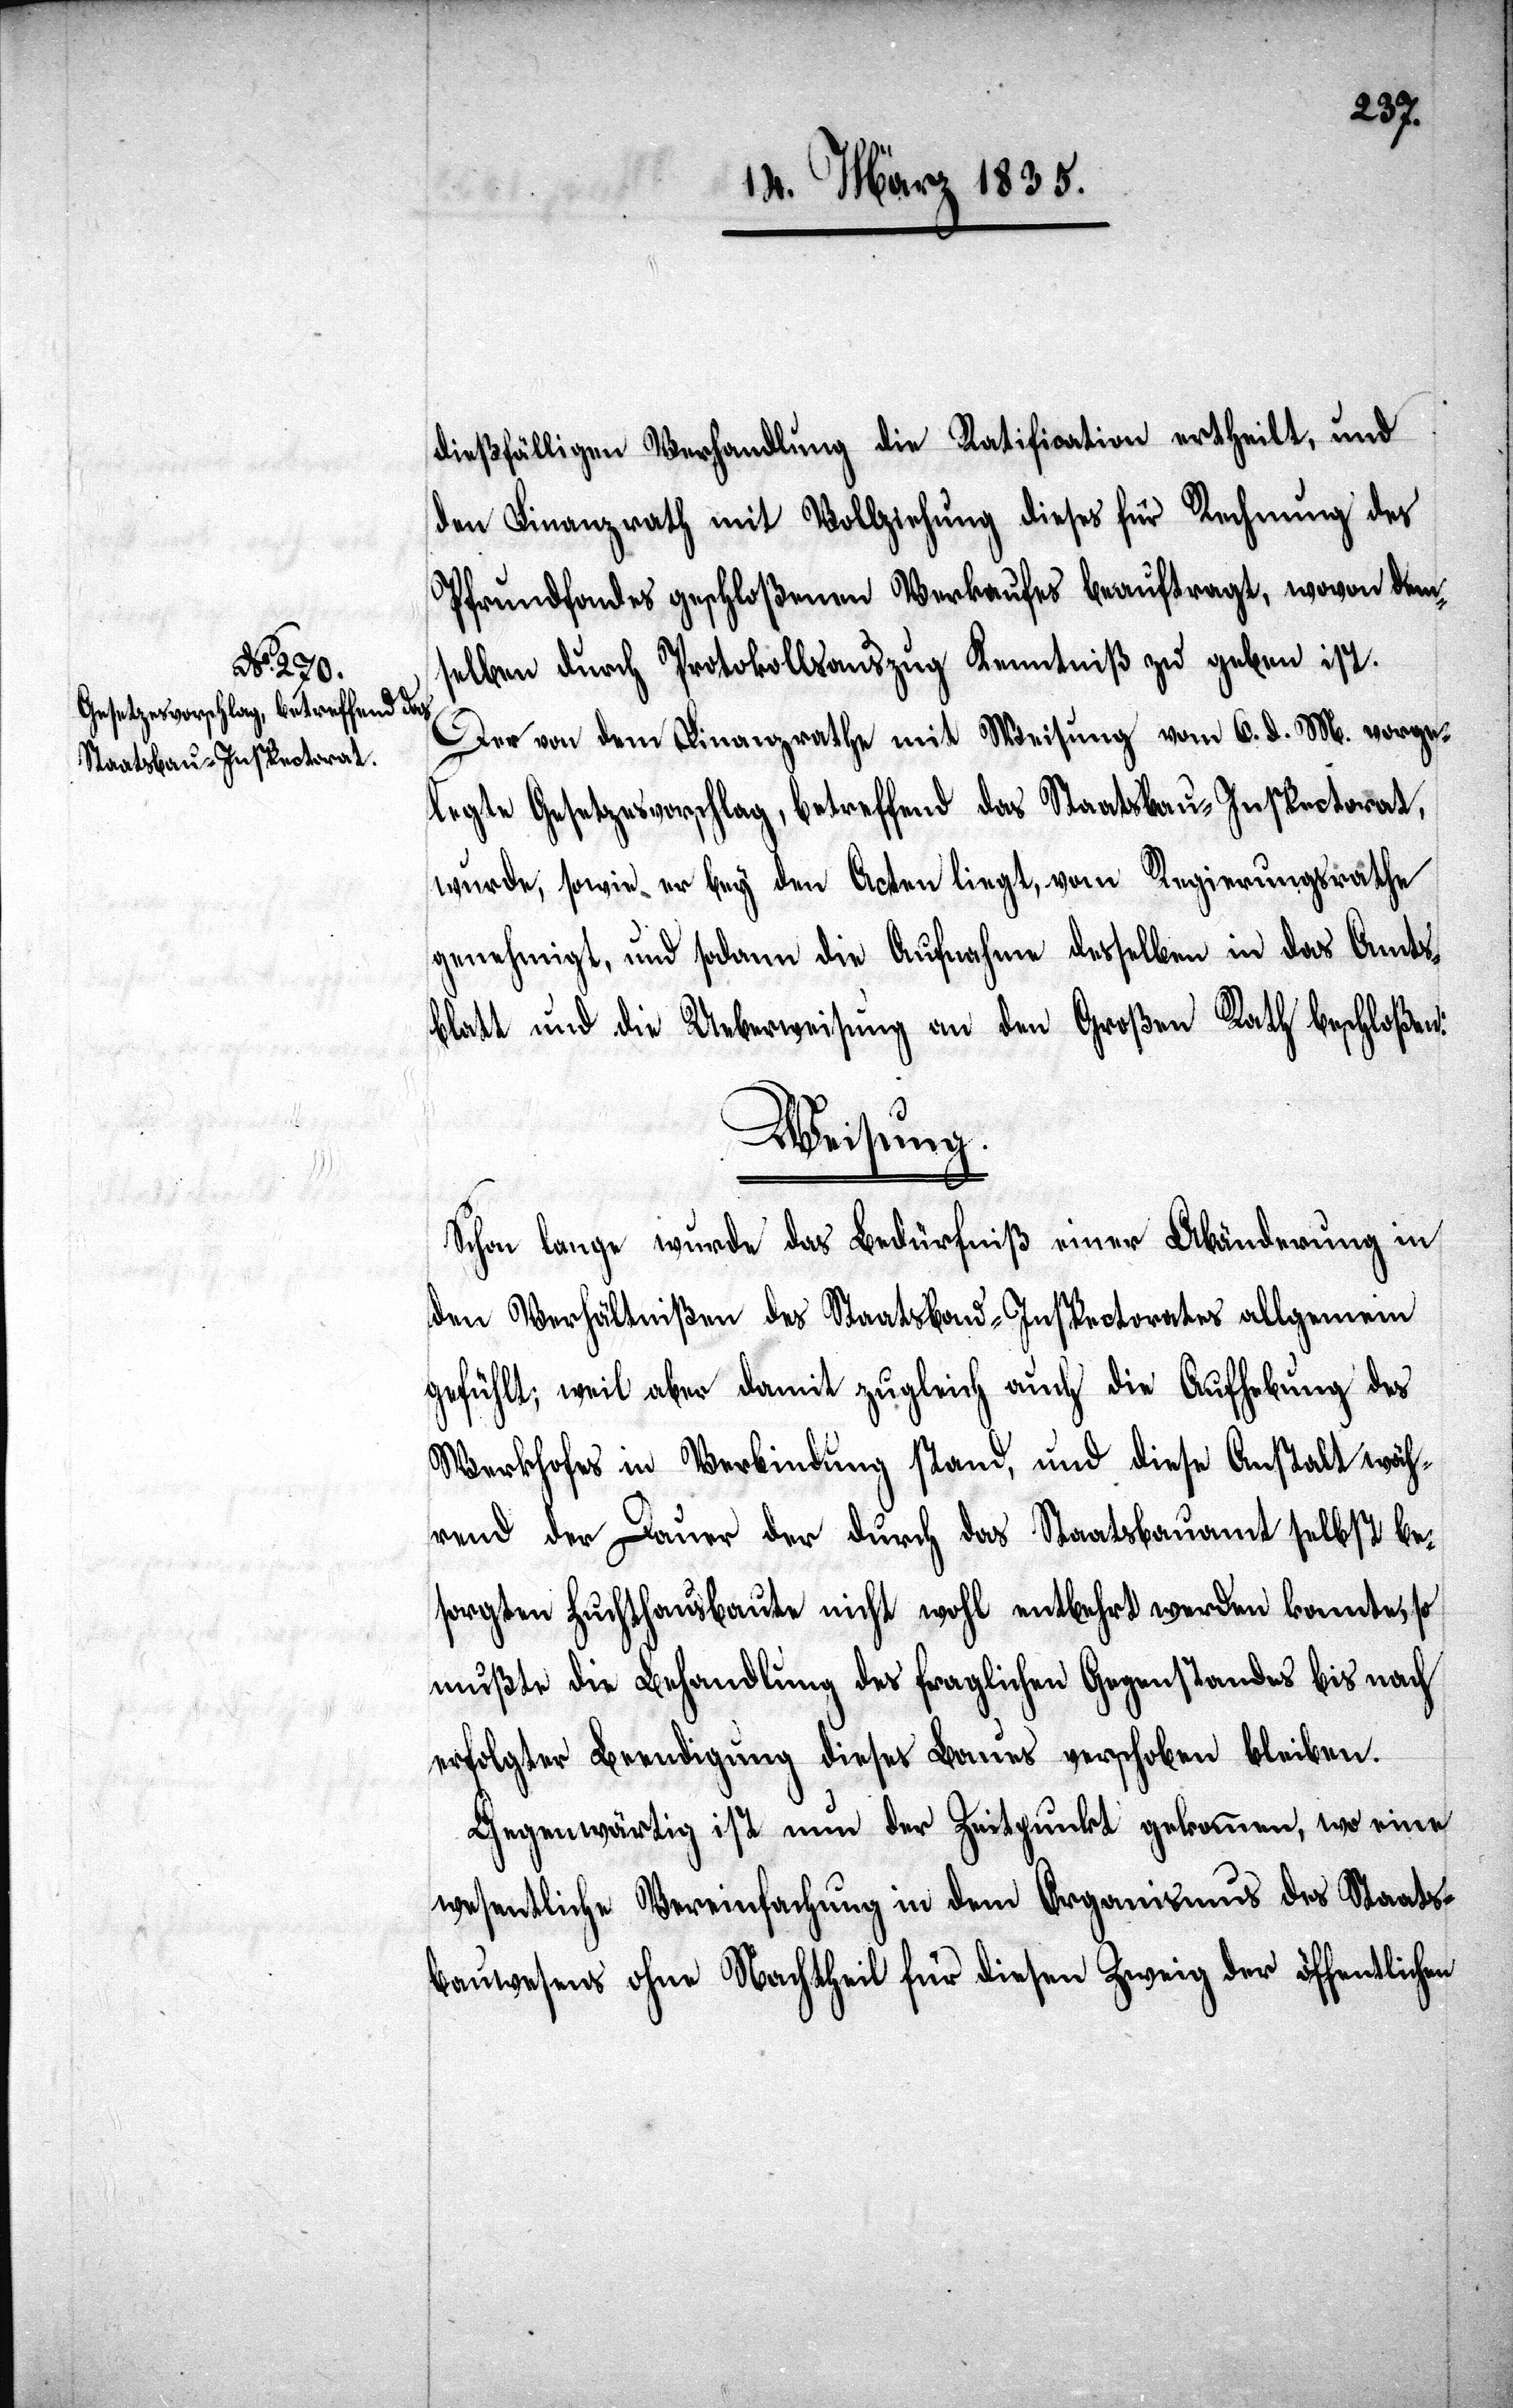
Verfahren
Gesetzesentwurf, betreffend die

dießfälligen Verhandlung die Ratification ertheilt, und
den Finanzrath mit Vollziehung dieses für Rechnung des
Pfrundfondes geschloßenen Verkaufes beauftragt, wovon dem¬
selben durch Protokollsauszug Kenntniß zu geben ist.
Der von dem Finanzrathe mit Weisung vom 10. d. M. vorgel¬
legte Gesetzesvorschlag, betreffend das Staatsbau-Inspectorat,
wurde, sowie er bey den Acten liegt, vom Regierungsrathe
genehmigt, und die Aufnahme desselben in’s Amts¬
blatt sowie die Ueberweisung an den Großen Rath, beschloßen.
Weisung.
Schon lange wurde das Bedürfniß einer Abänderung in
den Verhältnißen des Staatsbau-Inspectorates allgemein
gefühlt; weil aber damit zugleich auch die Aufhebung des
Werkhofes in Verbindung stand, und diese Anstalt wäh¬
rend der Dauer der durch das Staatsbauamt selbst be¬
sorgten Zuchthausbaute nicht wohl entbehrt werden konnte, so
mußte die Behandlung des fraglichen Gegenstandes bis nach
erfolgter Beendigung dieses Baues verschoben bleiben.
Gegenwärtig ist nun der Zeitpunkt gekommen, wo eine
wesentliche Vereinfachung in dem Organismus des Staats¬
bauwesens ohne Nachtheil für diesen Zweig der öffentlichen